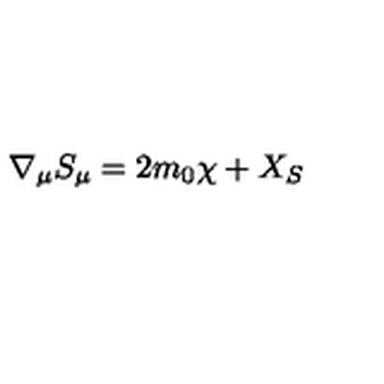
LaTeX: \nabla _ { \mu } S _ { \mu } = 2 m _ { 0 } \chi + X _ { S } \nonumber